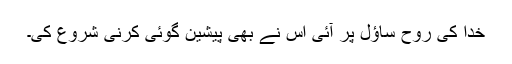
خدا کی روح ساؤل پر آئی اس نے بھی پیشین گوئی کرنی شروع کی۔